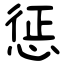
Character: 惩